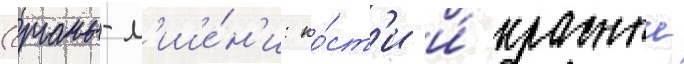
(органы-м'ише́н'и: ко́ст'и и́ красныи